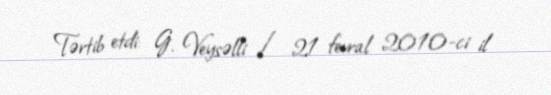
Tərtib etdi: G. Veysəlli / 21 fevral 2010-ci il